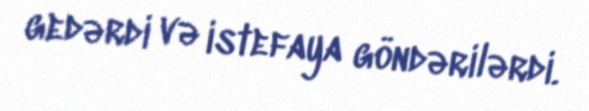
gedərdi və istefaya göndərilərdi.